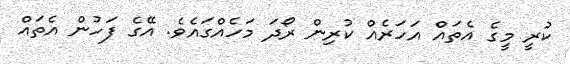
ކުރީ މީގެ އެތައް އަހަރެއް ކުރިން ރޯދަ މަހެއްގައެވެ. އޭގެ ފަހުން އެތައް